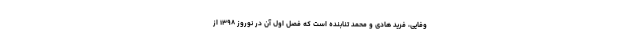
وفایی، فرید هادی و محمد تنابنده است که فصل اول آن در نوروز ۱۳۹۸ از